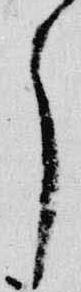
了